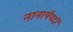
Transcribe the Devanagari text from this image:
नानार्थपदों